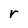
Character: r